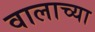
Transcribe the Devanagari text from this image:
वालाच्या